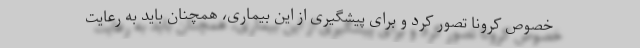
خصوص کرونا تصور کرد و برای پیشگیری از این بیماری، همچنان باید به رعایت